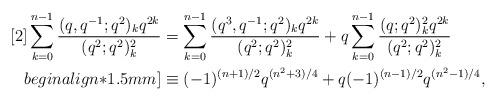
LaTeX: \begin{align*}[2]\sum_{k=0}^{n-1}\frac{(q,q^{-1};q^2)_kq^{2k}}{(q^2;q^2)_k^2}&=\sum_{k=0}^{n-1}\frac{(q^{3},q^{-1};q^2)_kq^{2k}}{(q^2;q^2)_k^2}+q\sum_{k=0}^{n-1}\frac{(q;q^2)_k^2q^{2k}}{(q^2;q^2)_k^2}\\begin{align*}1.5mm]&\equiv (-1)^{(n+1)/2}q^{(n^2+3)/4}+q(-1)^{(n-1)/2}q^{(n^2-1)/4},\end{align*}